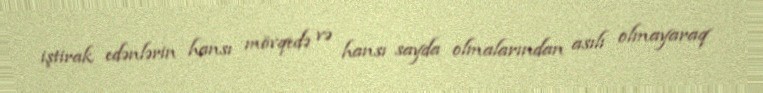
iştirak edənlərin hansı mövqedə və hansı sayda olmalarından asılı olmayaraq